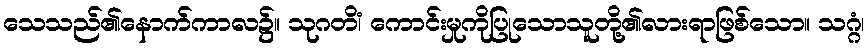
သေသည်၏နောက်ကာလ၌။ သုဂတိံ၊ ကောင်းမှုကိုပြုသောသူတို့၏လားရာဖြစ်သော။ သဂ္ဂံ၊